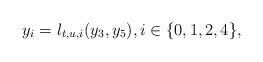
LaTeX: \begin{align*}y_i=l_{t,u,i}(y_3,y_5), i\in\{0,1,2,4\},\end{align*}